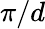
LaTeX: \pi/d